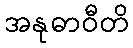
အနုဓာဝီတိ